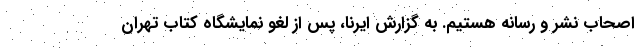
اصحاب نشر و رسانه هستیم. به گزارش ایرنا، پس از لغو نمایشگاه کتاب تهران